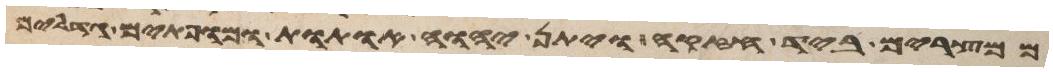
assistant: ממצרים ביד חזקה ויתן יהוה אתות ומופתים גדלים